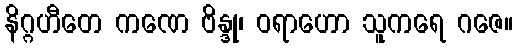
နိဂ္ဂဟီတေ ကဏေ ဗိန္ဒု၊ ဝရာဟော သူကရေ ဂဇေ။